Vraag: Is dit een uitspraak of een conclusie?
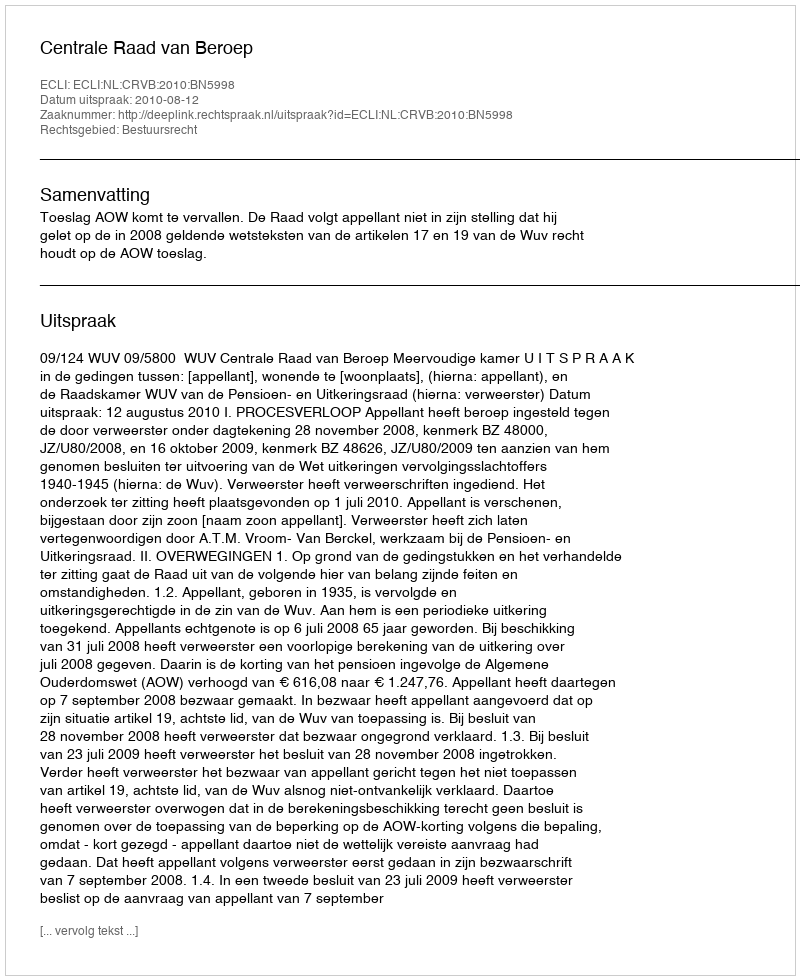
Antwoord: Uitspraak